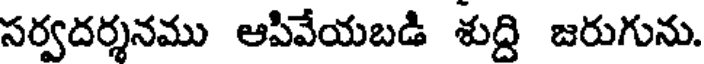
సర్వదర్శనము ఆపివేయబడి శుద్ది జరుగును.